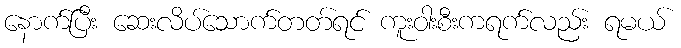
နောက်ပြီး ဆေးလိပ်သောက်တတ်ရင် ကူးဝါးစီးကရက်လည်း ရမယ်